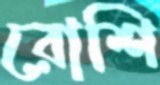
রোশি